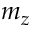
m _ { z }